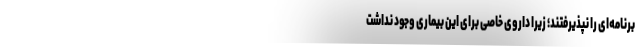
برنامه‌ای را نپذیرفتند؛ زیرا داروی خاصی برای این بیماری وجود نداشت